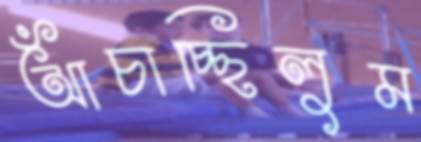
আঁচাচ্ছিলুম